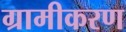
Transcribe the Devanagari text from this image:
ग्रामीकरण